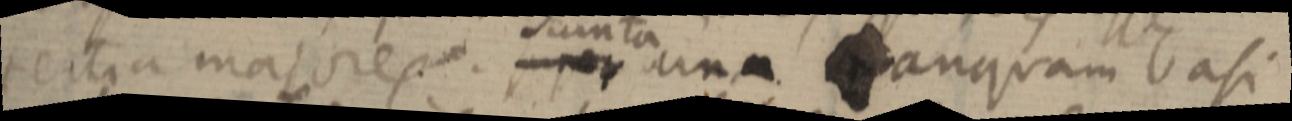
tertia majores. sumta una _ anquam basi